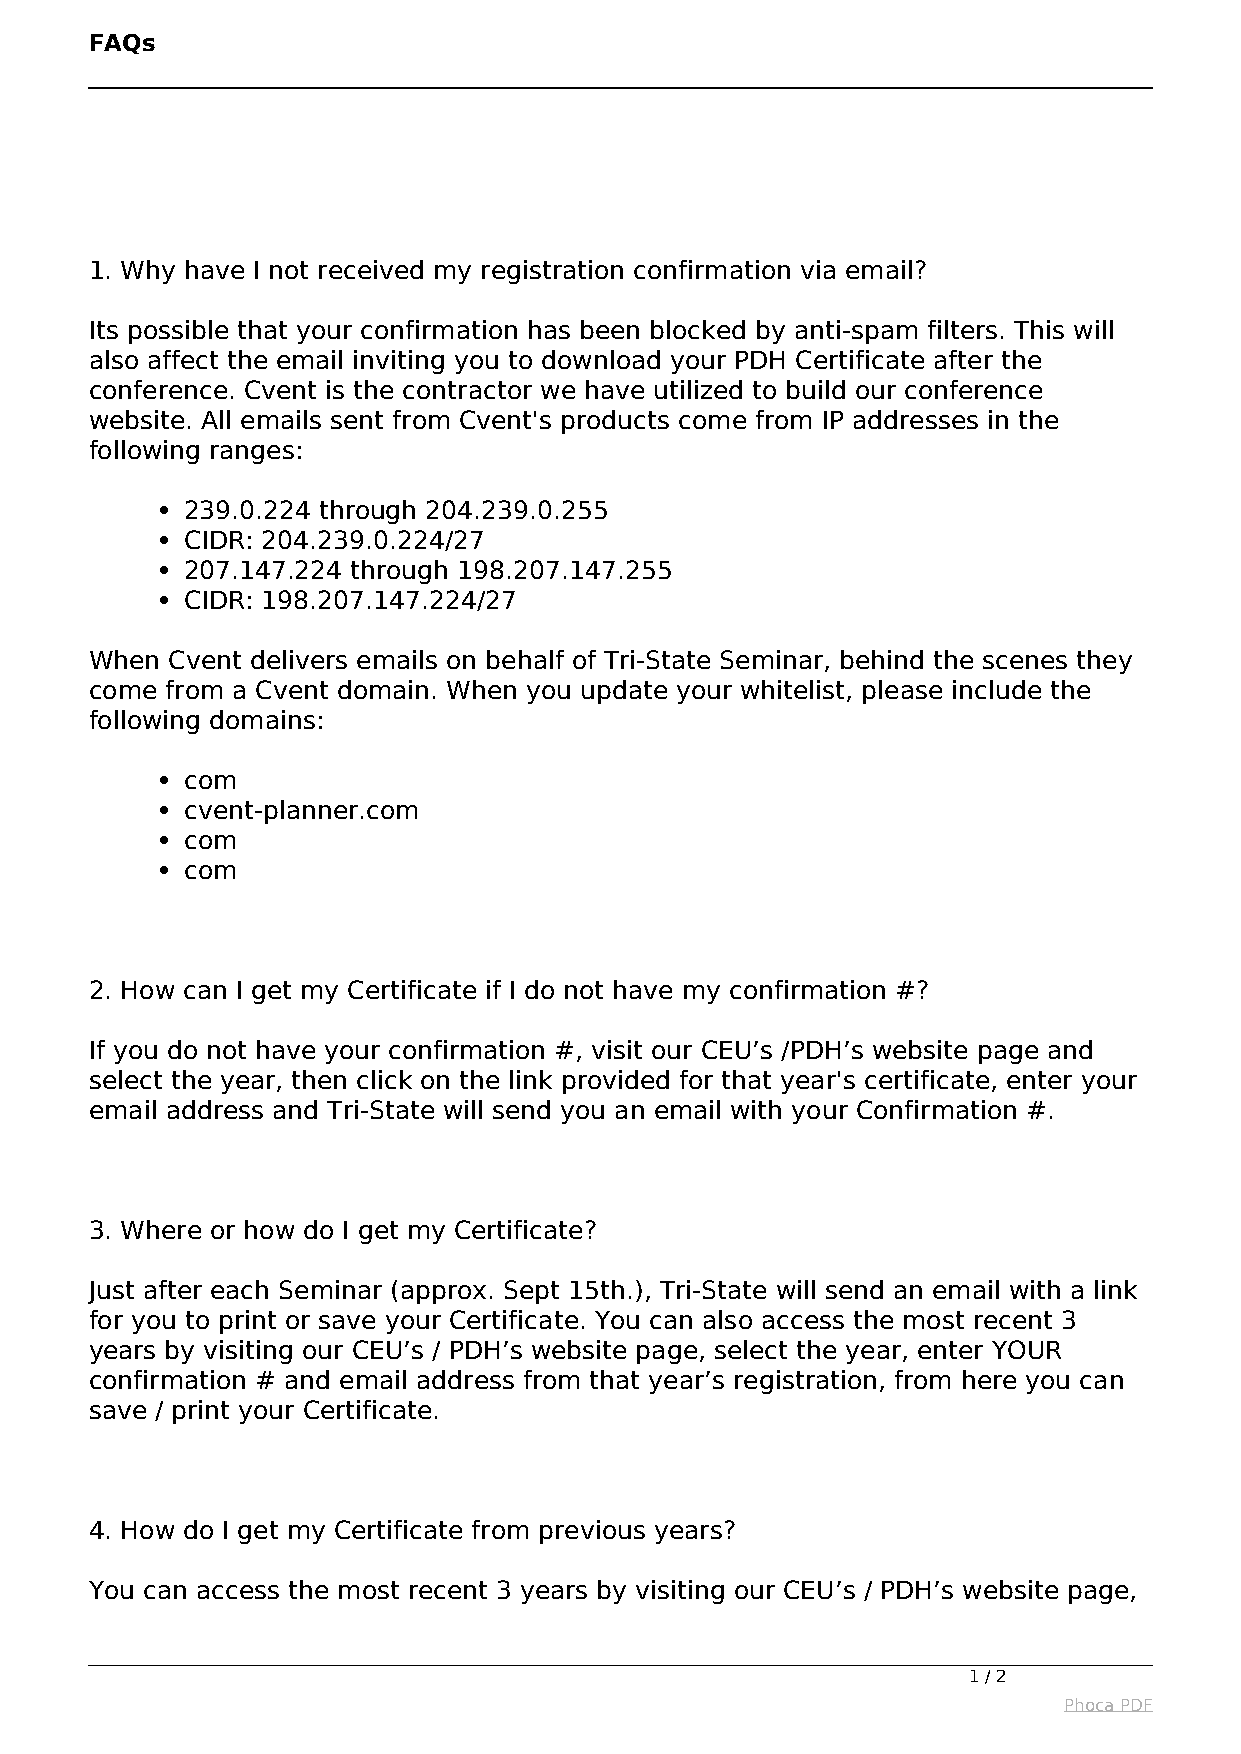
FAQs
 1. Why have I not received my registration confirmation via email?
 Its possible that your confirmation has been blocked by anti-spam filters. This will
 also affect the email inviting you to download your PDH Certificate after the
 conference. Cvent is the contractor we have utilized to build our conference
 website. All emails sent from Cvent's products come from IP addresses in the
 following ranges:
 239.0.224 through 204.239.0.255
 CIDR: 204.239.0.224/27
 207.147.224 through 198.207.147.255
 CIDR: 198.207.147.224/27
 When Cvent delivers emails on behalf of Tri-State Seminar, behind the scenes they
 come from a Cvent domain. When you update your whitelist, please include the
 following domains:
 com
 cvent-planner.com
 com
 com
 2. How can I get my Certificate if I do not have my confirmation #?
 If you do not have your confirmation #, visit our CEU’s /PDH’s website page and
 select the year, then click on the link provided for that year's certificate, enter your
 email address and Tri-State will send you an email with your Confirmation #.
 3. Where or how do I get my Certificate?
 Just after each Seminar (approx. Sept 15th.), Tri-State will send an email with a link
 for you to print or save your Certificate. You can also access the most recent 3
 years by visiting our CEU’s / PDH’s website page, select the year, enter YOUR
 confirmation # and email address from that year’s registration, from here you can
 save / print your Certificate.
 4. How do I get my Certificate from previous years?
 You can access the most recent 3 years by visiting our CEU’s / PDH’s website page,
 1 / 2
 Phoca PDF